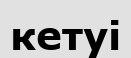
кетуі